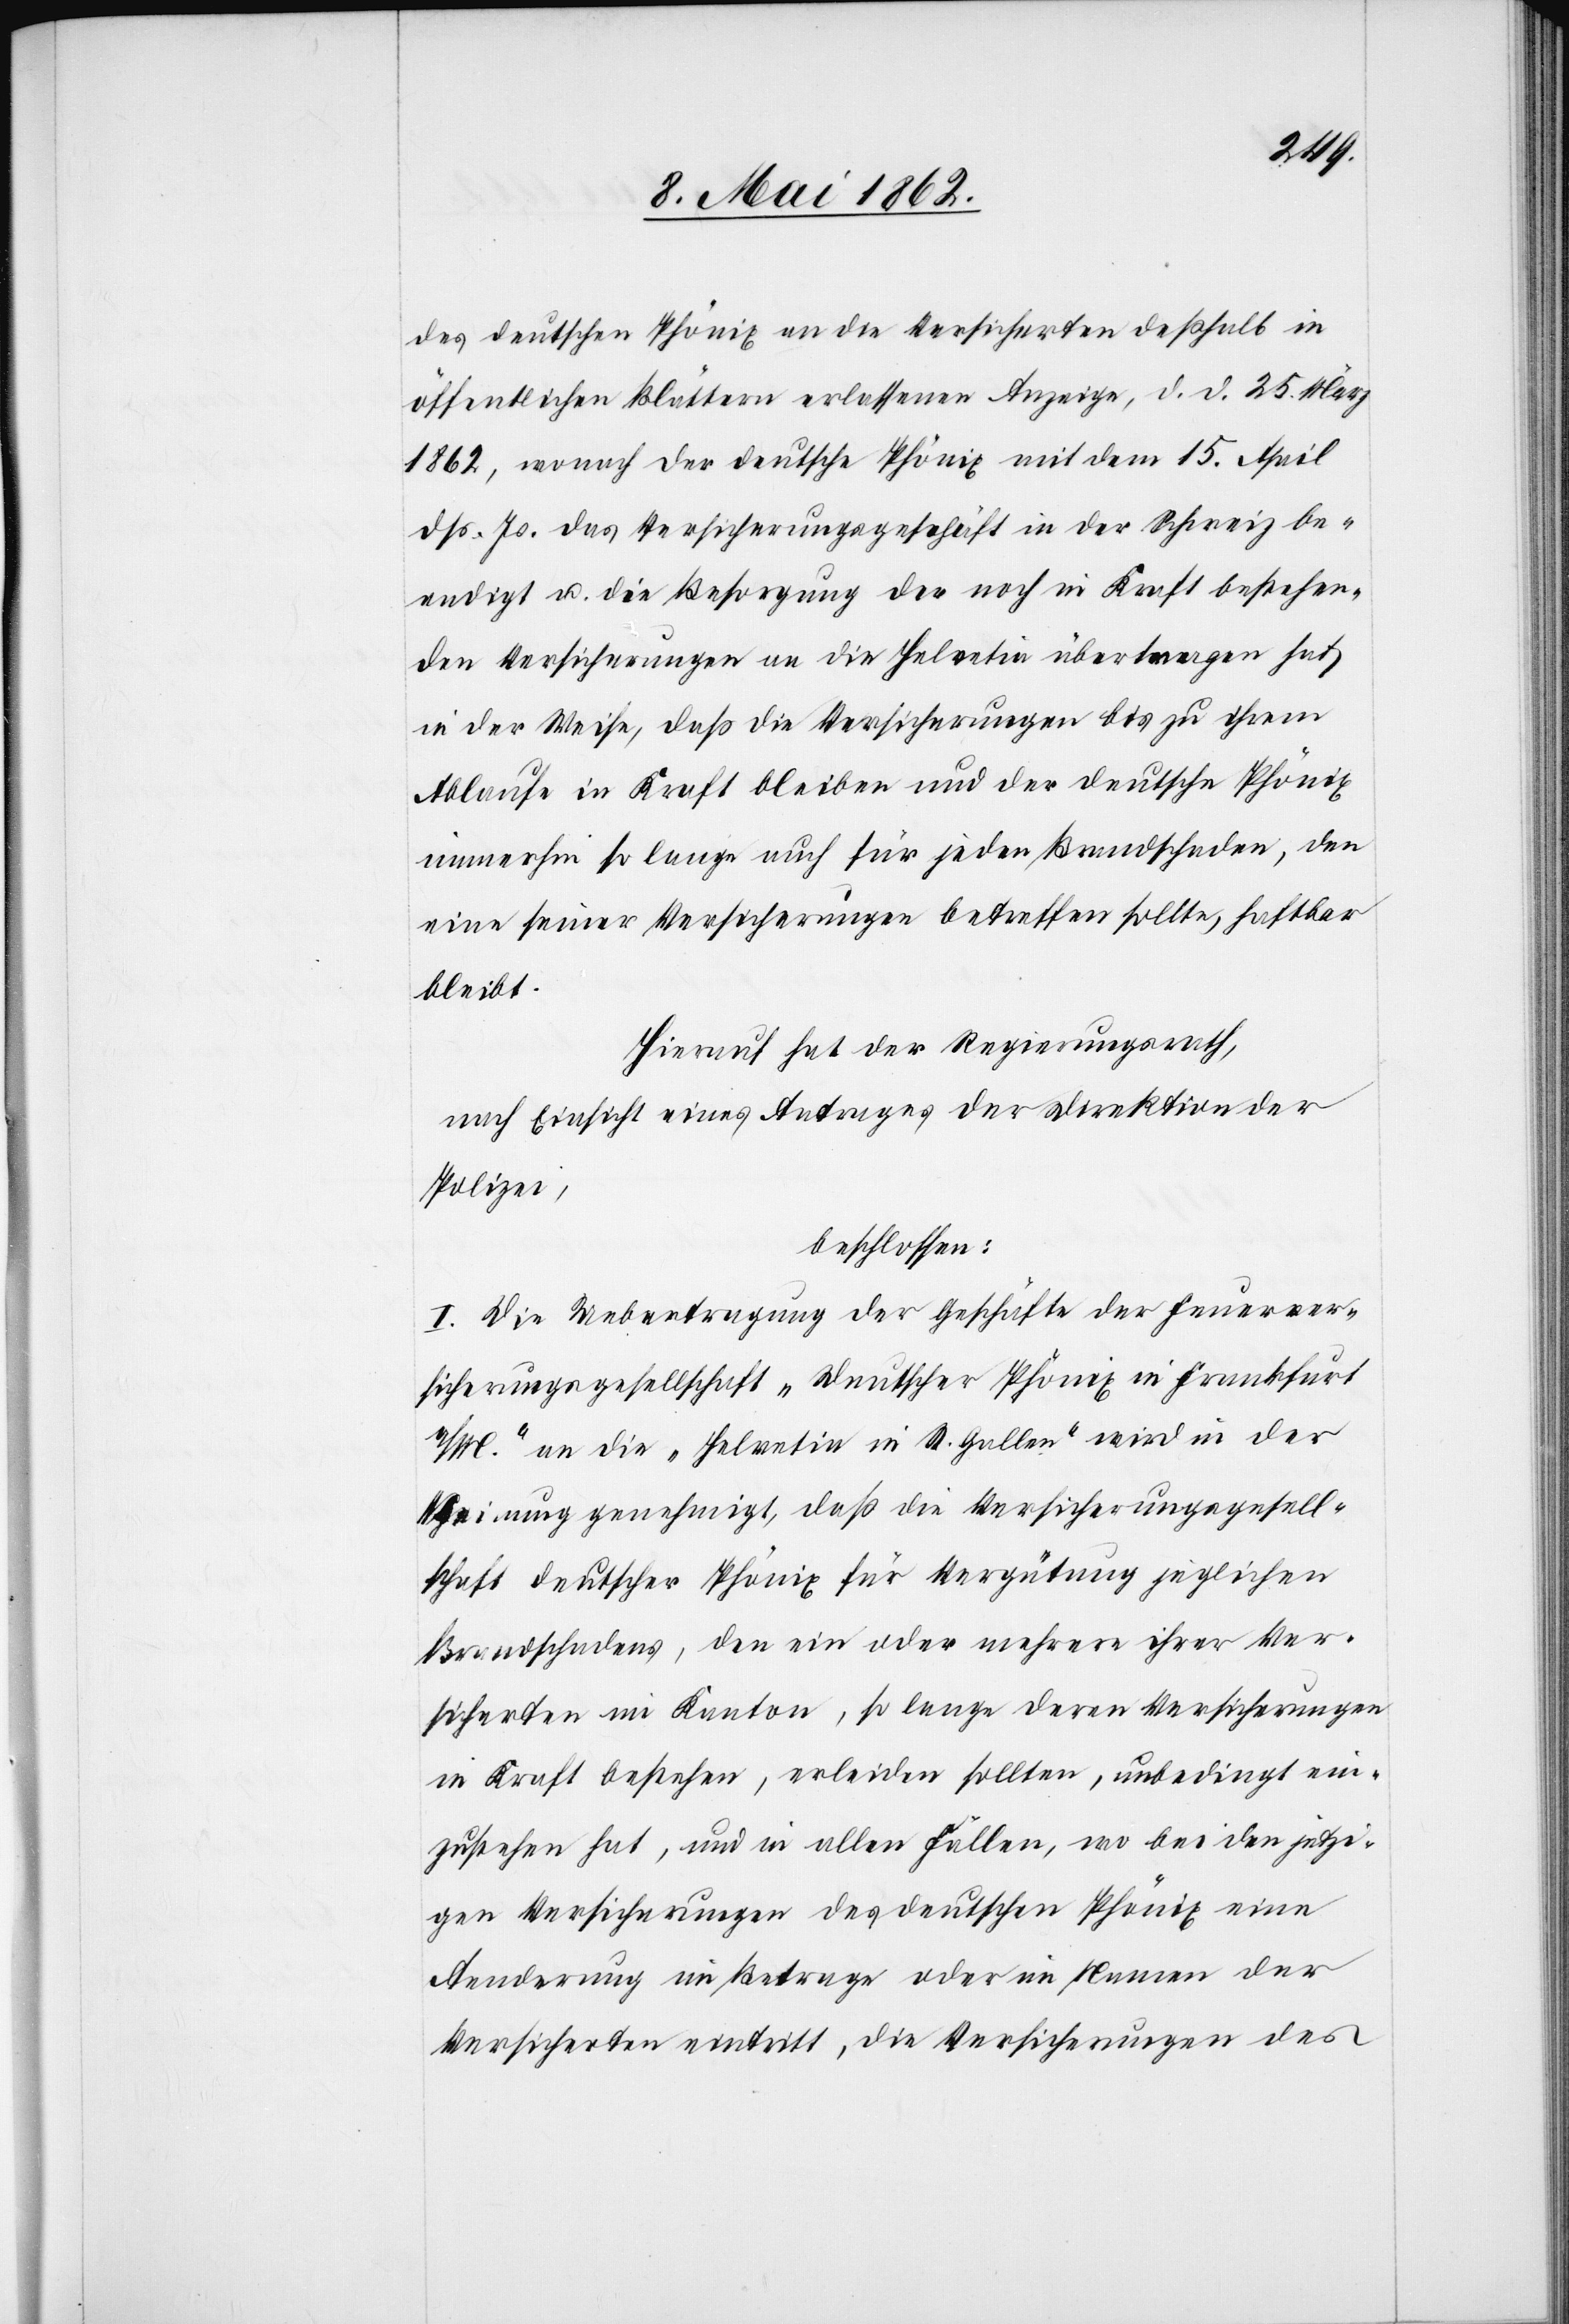
des deutschen Phönix an die Versicherten deßhalb in
öffentlichen Blättern erlassenen Anzeige, d. d. 25 März
1862, wonach der deutsche Phönix mit dem 15. April
dß. Js. das Versicherungsgeschäft in der Schweiz be¬
endigt u. die Besorgung der noch in Kraft bestehen¬
den Versicherungen an die Helvetia übertragen hat,
in der Weise, daß die Versicherungen bis zu ihrem
Ablaufe in Kraft bleiben und der deutsche Phönix
immerhin so lange auch für jeden Brandschaden, den
eine seiner Versicherungen betreffen sollte, haftbar
bleibt.
Hierauf hat der Regierungsrath,
nach Einsicht eines Antrages der Direktion der
Polizei,
beschlossen:
I. Die Uebertragung der Geschäfte der Feuerver¬
sicherungsgesellschaft „deutscher Phönix in Frankfurt
a/M.“ an die „Helvetia in St. Gallen“ wird in der
Meinung genehmigt, daß die Versicherungsgesell¬
schaft deutscher Phönix für Vergütung jeglichen
Brandschadens, den ein oder mehrere ihrer Ver¬
sicherten im Kanton, so lange deren Versicherungen
in Kraft bestehen, erleiden sollten, unbedingt ein¬
zustehen hat, und in allen Fällen, wo bei den jetzi¬
gen Versicherungen des deutschen Phönix eine
Aenderung im Betrage oder im Namen der
Versicherten eintritt, die Versicherungen des